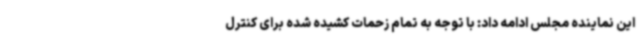
این نماینده مجلس ادامه داد: با توجه به تمام زحمات کشیده شده برای کنترل